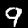
Label: 9